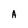
Character: A